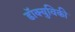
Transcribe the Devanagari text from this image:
डॉक्युविकी